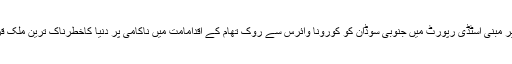
250صفحات پر مبنی اسٹڈی رپورٹ میں جنوبی سوڈان کو کورونا وائرس سے روک تھام کے اقدامامت میں ناکامی پر دنیا کاخطرناک ترین ملک قرار دیا گیا ہے۔